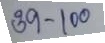
39 - 100